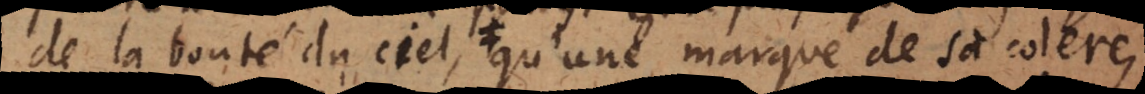
de la bonté du ciel, qu’une marque de sa colere,